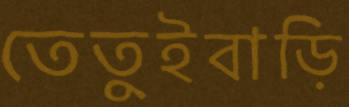
তেতুইবাড়ি